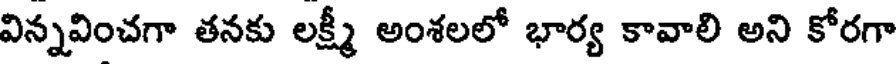
విన్నవించగా తనకు లక్ష్మీ అంశలలో భార్య కావాలి అని కోరగా